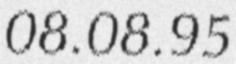
08.08.95